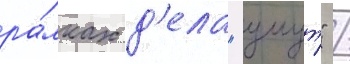
ра́мках д'ела "умут" /